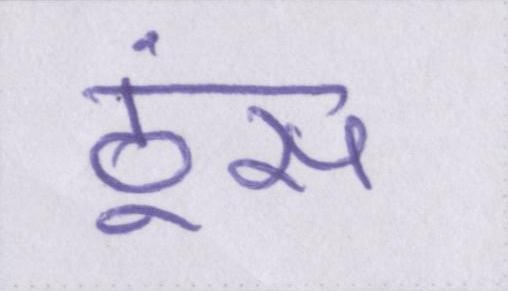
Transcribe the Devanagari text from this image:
ठूंस